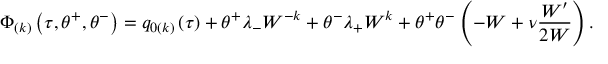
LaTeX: \Phi _ { \left( k \right) } \left( \tau , \theta ^ { + } , \theta ^ { - } \right) = q _ { 0 \left( k \right) } \left( \tau \right) + \theta ^ { + } \lambda _ { - } W ^ { - k } + \theta ^ { - } \lambda _ { + } W ^ { k } + \theta ^ { + } \theta ^ { - } \left( - W + \nu \frac { W ^ { \prime } } { 2 W } \right) .